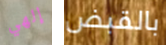
إلهي بالقبض